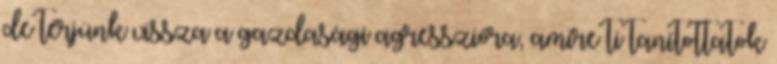
de térjünk vissza a gazdasági agresszióra, amire ti tanítottatok